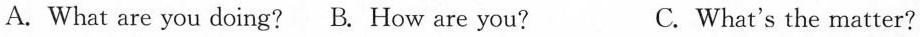
A. What are you doing? B. How are you? C.What's the matter?